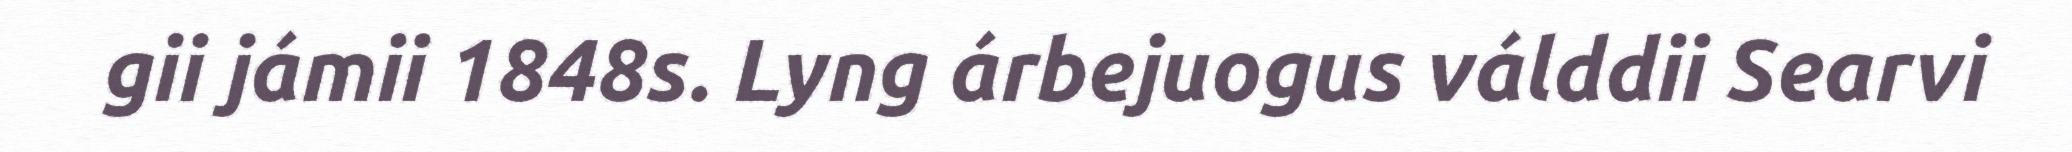
gii jámii 1848s. Lyng árbejuogus válddii Searvi